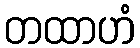
တထာဟံ